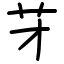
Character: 𦬁